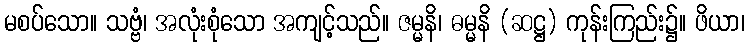
မစပ်သော။ သဗ္ဗံ၊ အလုံးစုံသော အကျင့်သည်။ ဇမ္မနိ၊ ဓမ္မနိ (ဆဋ္ဌ) ကုန်းကြည်း၌။ ဖိယာ၊